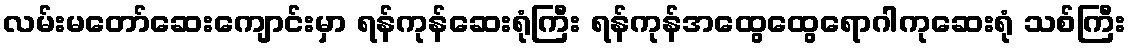
လမ်းမတော်ဆေးကျောင်းမှာ ရန်ကုန်ဆေးရုံကြီး ရန်ကုန်အထွေထွေရောဂါကုဆေးရုံ သစ်ကြီး